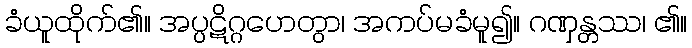
ခံယူထိုက်၏။ အပ္ပဋိဂ္ဂဟေတွာ၊ အကပ်မခံမူ၍။ ဂဏှန္တဿ၊ ၏။